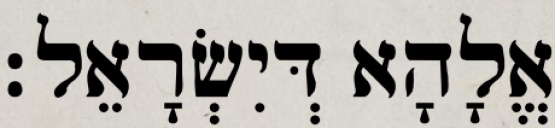
אֱלָהָא דְּיִשְׂרָאֵל׃